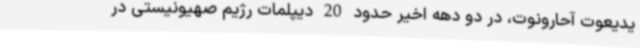
یدیعوت آحارونوت، در دو دهه اخیر حدود 20 دیپلمات رژیم صهیونیستی در